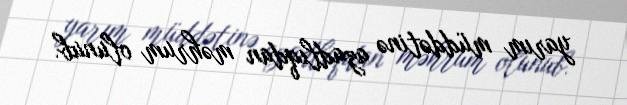
yarım müddətinə azadlıqdan məhrum olunub.